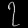
Digit: ၇